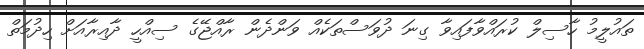
ތައުލީމު ހާސިލް ކުރައްވާފައިވާ ގިނަ ދުވަސްތަކެއް ވަންދެން ރާއްޖޭގެ ސިއްހީ ދާއިރާއަށް ހިދުމަތް